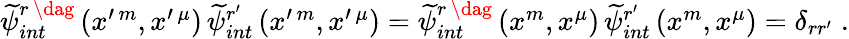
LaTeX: \begin{array}{r}{\widetilde{\psi}_{int}^{r\, \dag}\left(x^{\prime\, m},x^{\prime\, \mu}\right)\, \widetilde{\psi}_{int}^{r^{\prime}}\left(x^{\prime\, m},x^{\prime\, \mu}\right)=\widetilde{\psi}_{int}^{r\, \dag}\left(x^{m},x^{\mu}\right)\, \widetilde{\psi}_{int}^{r^{\prime}}\left(x^{m},x^{\mu}\right)=\delta_{rr^{\prime}}\; .}\end{array}